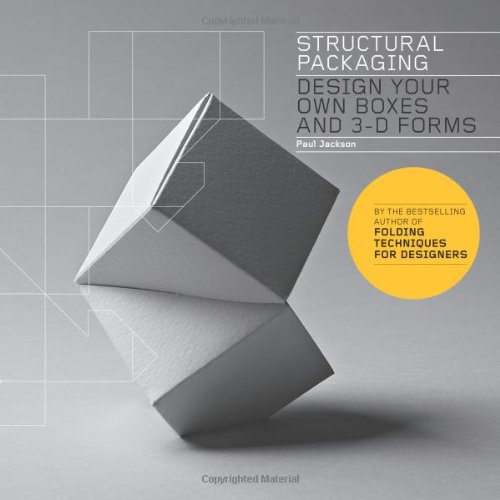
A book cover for Structural Packaging: Design Your Own Boxes and 3D Forms; Paul Jackson; Arts & Photography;